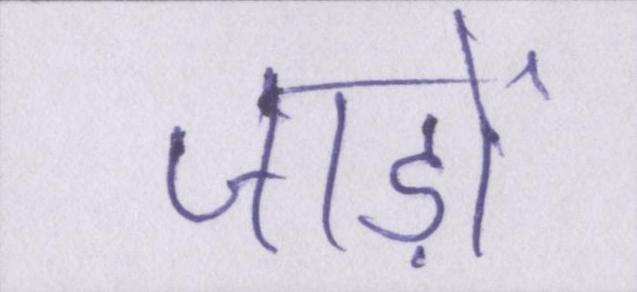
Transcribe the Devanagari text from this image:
जाड़ों